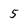
Character: 5